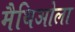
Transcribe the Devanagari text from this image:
मैथिओला